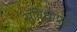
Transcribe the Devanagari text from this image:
सुविधाप्रद